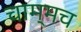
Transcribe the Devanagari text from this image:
चाम्मच